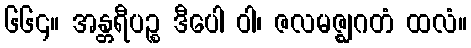
၆၆၄။ အန္တရီပဉ္စ ဒီပေါ ဝါ၊ ဇလမဇ္ဈဂတံ ထလံ။